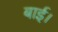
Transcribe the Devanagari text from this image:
बाई।